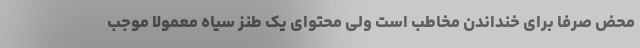
محض صرفا برای خنداندن مخاطب است ولی محتوای یک طنز سیاه معمولاً موجب